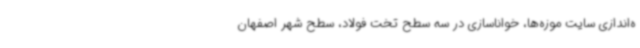
ه‌اندازی سایت موزه‌ها، خواناسازی در سه سطح تخت فولاد، سطح شهر اصفهان